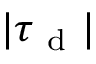
| \boldsymbol { \tau } _ { \mathrm { ~ d ~ } } |